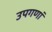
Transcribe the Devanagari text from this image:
उपगणां